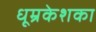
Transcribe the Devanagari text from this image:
धूम्रकेशका